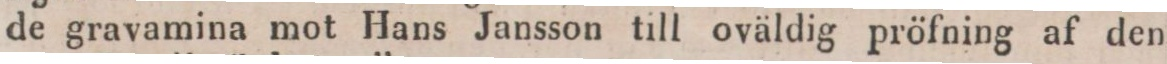
de gravamina mot Hans Jansson till oväldig pröfning af den